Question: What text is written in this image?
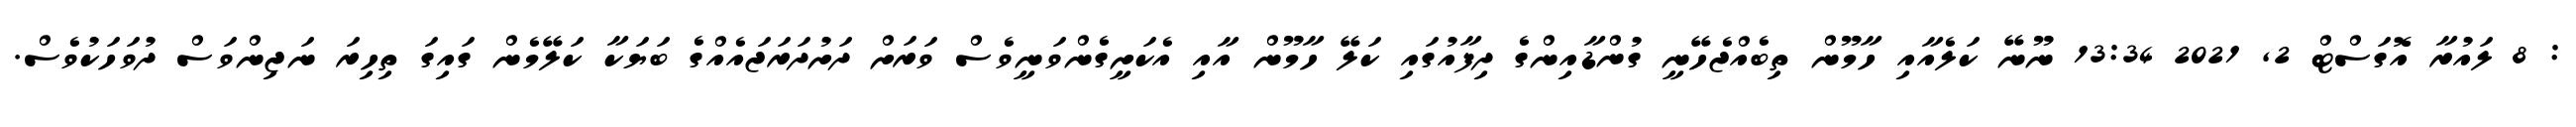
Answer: : 8 ލައުރާ އޮގަސްޓް 2, 2021 13:34 ނޫނޭ ކަލެއާއި ހާމޫން ތިބެއްޖެހޭނީ ގުންޑާއިންގެ ދިފާއުގައި ކަލޭ ހާމޫން އާއި އެކަށީގެންވަނީވެސް ވަރަށް ދަށުދަރަޖައެއްގެ ބަޔަކާ ކަލޭމެން ގައިގަ ތިހިރަ ނަޖިންވަސް ދުވަހަކުވެސް.